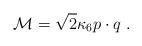
LaTeX: \begin{align*}{\cal M} = \sqrt{2} \kappa_6 p \cdot q \ . \end{align*}